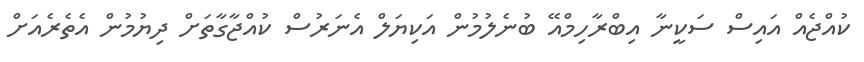
ކުއްޖެއް އައިސް ސަކީނާ އިބްރާހިމްއޭ ބުނެލުމުން އަކިޔަލް އެނަރުސް ކުއްޖާގާތަށް ދިޔުމުން އެތެރެއަށް